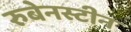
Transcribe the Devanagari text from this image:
रुबेनस्टीन